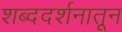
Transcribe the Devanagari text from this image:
शब्ददर्शनातून